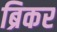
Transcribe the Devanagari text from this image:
ब्रिकर